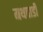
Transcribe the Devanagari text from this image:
मथवाडी